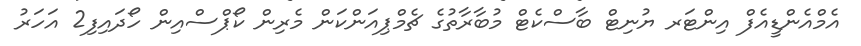
އެމްއެންޑީއެފް އިންޓަރ ޔުނިޓް ބާސްކެޓް މުބާރާތުގެ ޗެމްޕިއަންކަން މެރިން ކޯޕްސްއިން ހޯދައިފި2 އަހަރު